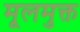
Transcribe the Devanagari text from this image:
मूलमुक्त